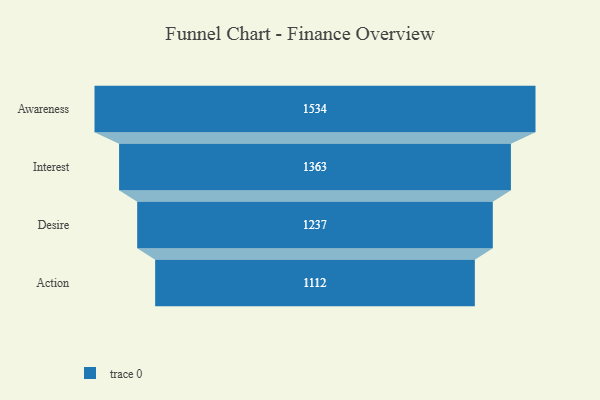
{"axis": {"x": "Stage", "y": "Value"}, "legend": [""], "data": [{"x": "Awareness", "y": 1534.0, "type": ""}, {"x": "Interest", "y": 1363.0, "type": ""}, {"x": "Desire", "y": 1237.0, "type": ""}, {"x": "Action", "y": 1112.0, "type": ""}]}